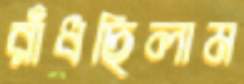
রাঁধছিলাম